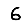
Digit: 6